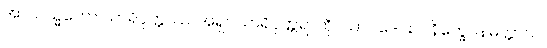
အာယသ္မတော သာရိပုတ္တဿ၊ အရှင်သာရိပုတ္တရာကို။ ယာဝဒေဝဥပနိက္ခေပနမတ္တာယ၊